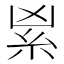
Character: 𥾜